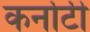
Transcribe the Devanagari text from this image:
कर्नाटी